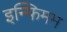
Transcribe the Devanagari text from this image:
इन्फिमम